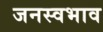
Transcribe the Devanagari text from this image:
जनस्वभाव